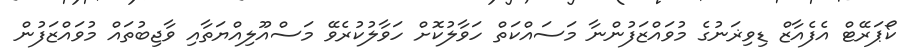
ކޯޕަރޭޓް އެފެއާޒް ޑިވިޜަނުގެ މުވައްޒަފުންނާ މަސައްކަތް ހަވާލުކޮށް ހަވާލުކުރެވޭ މަސްއޫލިއްޔަތާއި ވާޖިބުތައް މުވައްޒަފުން